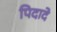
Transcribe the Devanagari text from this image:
पिदादे